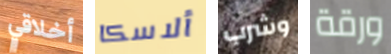
أخلاقي ألاسكا وشرب ورقة